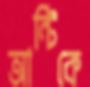
আন্টিকে